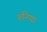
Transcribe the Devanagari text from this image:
रुनिया